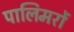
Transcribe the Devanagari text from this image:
पालिमरों